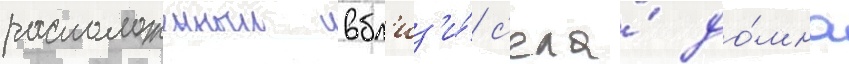
расположенныи вбл'из'и́ с'ела́ до́мна